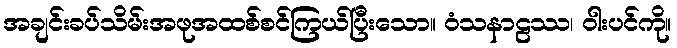
အချင်းခပ်သိမ်းအဖုအထစ်စင်ကြယ်ပြီးသော။ ဝံသနာဠဿ၊ ဝါးပင်ကို။